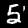
Label: 5